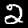
Label: 2